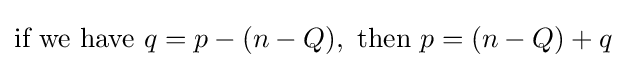
{\text{if we have }}q=p-(n-Q),{\text{ then }}p=(n-Q)+q